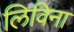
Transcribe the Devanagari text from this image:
लिविना